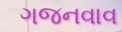
ગજનવાવ